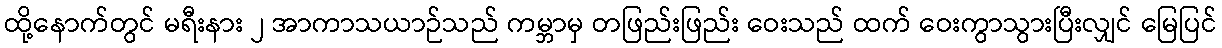
ထို့နောက်တွင် မရီးနား ၂ အာကာသယာဉ်သည် ကမ္ဘာမှ တဖြည်းဖြည်း ဝေးသည် ထက် ဝေးကွာသွားပြီးလျှင် မြေပြင်